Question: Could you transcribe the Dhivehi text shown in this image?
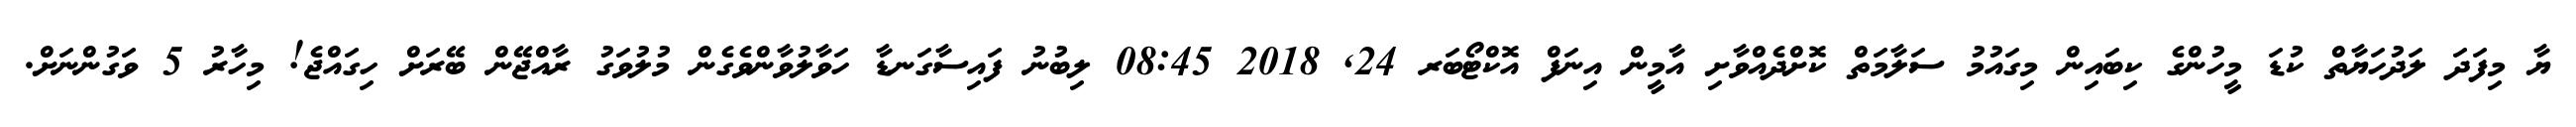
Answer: ޔާ މިފަދަ ލަދުހަޔާތް ކުޑަ މީހުންގެ ކިބައިން މިގައުމު ސަލާމަތް ކޮށްދެއްވާށި އާމީން އިނަފް އޮކްޓޯބަރ 24, 2018 08:45 ލިބުނު ފައިސާގަނޑާ ހަވާލުވާންވެގެން މުލުވަގު ރާއްޖޭން ބޭރަށް ހިގައްޖެ! މިހާރު 5 ވަގުންނަށް.